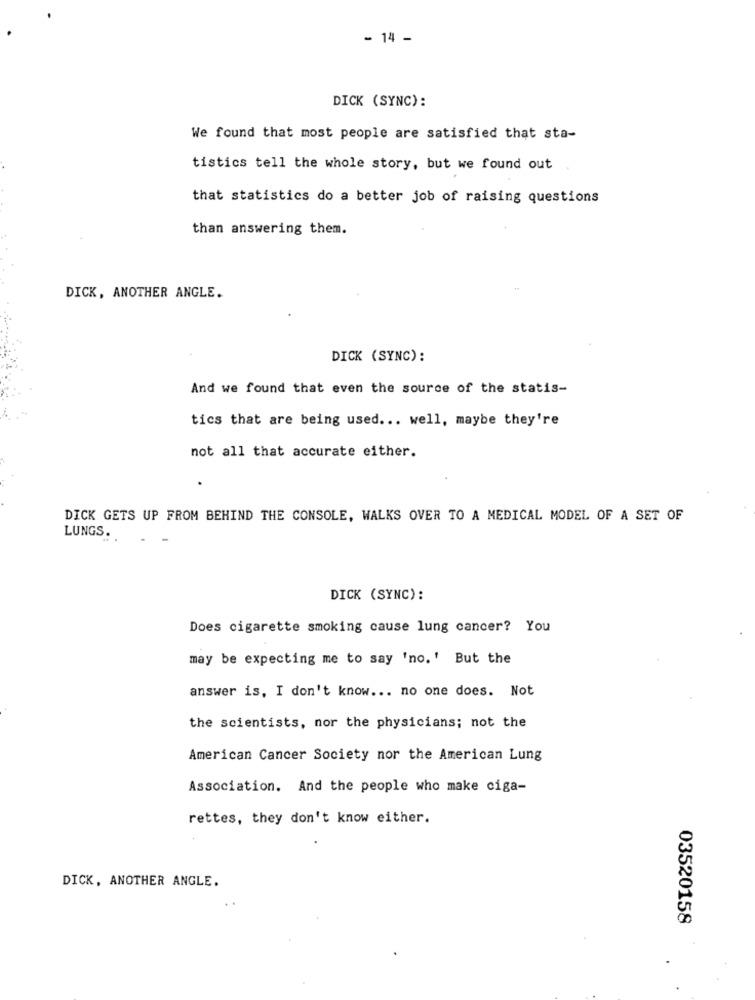
- 14 -
DICK (SYNC):
We found that most people are satisfied that sta-
tistics tell the whole story, but we found out
that statistics do a better job of raising questions
than answering them.
DICK, ANOTHER ANGLE.
DICK (SYNC):
And we found that even the source of the statis-
tics that are being used ... well, maybe they're
not all that accurate either.
DICK GETS UP FROM BEHIND THE CONSOLE, WALKS OVER TO A MEDICAL MODEL OF A SET OF
LUNGS.
DICK (SYNC):
Does cigarette smoking cause lung cancer? You
may be expecting me to say 'no.' But the
answer is, I don't know ... no one does. Not
the scientists, nor the physicians; not the
American Cancer Society nor the American Lung
Association. And the people who make ciga-
rettes, they don't know either.
DICK, ANOTHER ANGLE.
03520158
.